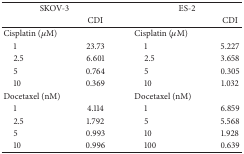
| <COLSPAN=2> SKOV-3 | <COLSPAN=2> ES-2 |
 |  | CDI |  | CDI |
 | --- | --- | --- | --- |
 | Cisplatin (μM) |  | Cisplatin (μM) |  |
 | 1 | 23.73 | 1 | 5.227 |
 | 2.5 | 6.601 | 2.5 | 3.658 |
 | 5 | 0.764 | 5 | 0.305 |
 | 10 | 0.369 | 10 | 1.032 |
 | Docetaxel (nM) |  | Docetaxel (nM) |  |
 | 1 | 4.114 | 1 | 6.859 |
 | 2.5 | 1.792 | 5 | 5.568 |
 | 5 | 0.993 | 10 | 1.928 |
 | 10 | 0.996 | 100 | 0.639 |